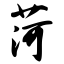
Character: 菏